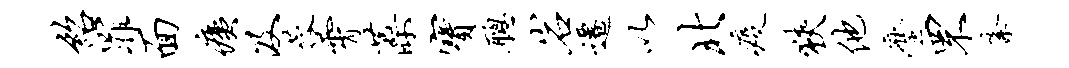
绍罪面痍及蓉霄藻宝聪岩迁以北疫狭他麈罘紊